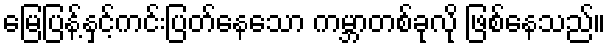
မြေပြန့်နှင့်ကင်းပြတ်နေသော ကမ္ဘာတစ်ခုလို ဖြစ်နေသည်။